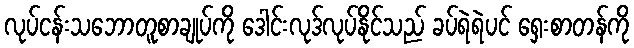
လုပ်ငန်းသဘောတူစာချုပ်ကို ဒေါင်းလုဒ်လုပ်နိုင်သည် ခပ်ရဲရဲပင် ရှေးစာတန်ကို